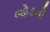
જોડની